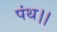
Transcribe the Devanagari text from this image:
पंथ।।